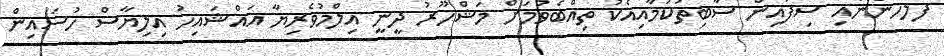
ފުލުހުންނާއި ސިފައިން ސާބިތުކަމާއިއެކު ތިއްބެވުމަށް މަޝްހޫރު ދީނީ އިލްމުވެރިޔާ އައްޝައިހު އިލިޔާސް ހުސައިން